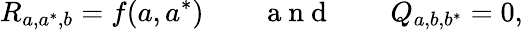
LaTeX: R_{a,a^{*},b}=f(a,a^{*})\mathrm{~~~~~~~~~a~n~d~~~~~~~~~}Q_{a,b,b^{*}}=0,